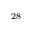
^ { 2 8 }